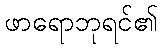
ဖာရောဘုရင်၏